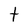
Character: t